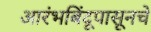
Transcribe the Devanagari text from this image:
आरंभबिंदूपासूनचे